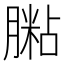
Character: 𦟶